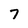
Character: 7